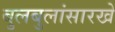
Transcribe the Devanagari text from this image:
बुलबुलांसारखे